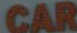
CAR